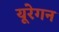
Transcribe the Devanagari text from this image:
यूरेगन